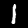
Digit: 1